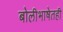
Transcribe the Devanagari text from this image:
बोलीभाषेतही